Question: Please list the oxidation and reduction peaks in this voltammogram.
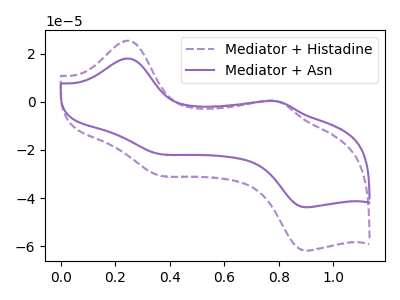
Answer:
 <answer>The purple dashed curve "Mediator + Histadine" has anodic peaks at (0.25V, 25.35uA) (0.80V, 0.25uA) and cathodic peaks at (0.35V, -30.60uA) (0.90V, -61.80uA). The purple curve "Mediator + Asn" has anodic peaks at (0.25V, 17.95uA) (0.80V, 0.15uA) and cathodic peaks at (0.35V, -21.70uA) (0.90V, -43.80uA).</answer>
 <eval></eval>